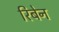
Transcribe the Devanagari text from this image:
रिबेन